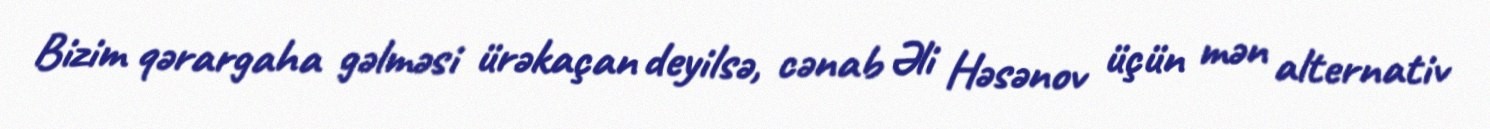
Bizim qərargaha gəlməsi ürəkaçan deyilsə, cənab Əli Həsənov üçün mən alternativ